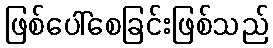
ဖြစ်ပေါ်စေခြင်းဖြစ်သည်